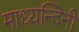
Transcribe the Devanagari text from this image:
माध्यन्दिनी